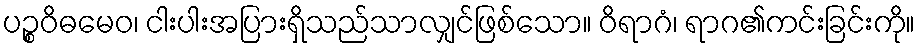
ပဉ္စဝိဓမေဝ၊ ငါးပါးအပြားရှိသည်သာလျှင်ဖြစ်သော။ ဝိရာဂံ၊ ရာဂ၏ကင်းခြင်းကို။